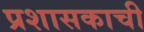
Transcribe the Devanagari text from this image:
प्रशासकाची